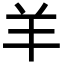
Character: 羊